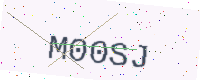
Text: M00SJ